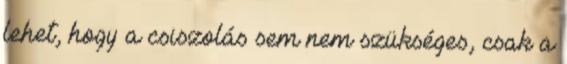
lehet, hogy a csiszolás sem nem szükséges, csak a